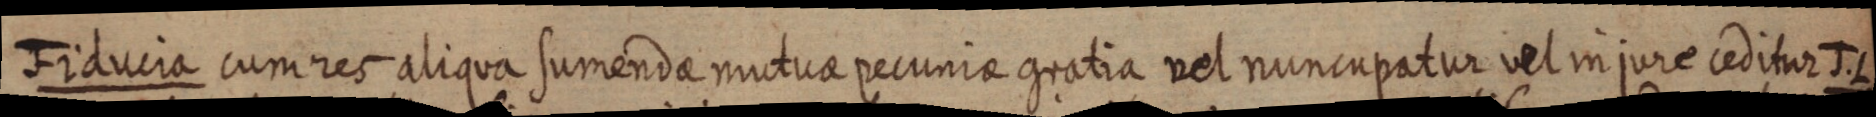
Fiducia cum res aliqua sumenda nuctuae pecuniae gratia vel nuncupatur vel in jure ceditur J. L